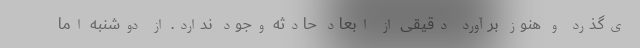
ی‌گذرد و هنوز برآورد دقیقی از ابعاد حادثه وجود ندارد. از دوشنبه اما